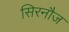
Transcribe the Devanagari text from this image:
सिरनौज